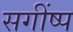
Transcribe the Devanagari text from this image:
सगींष्प